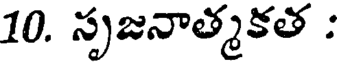
10. సృజనాత్మకత :